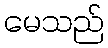
မေသည်